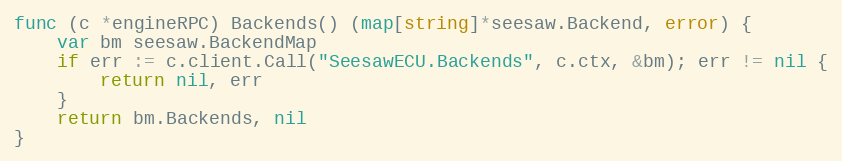
Language: Go
func (c *engineRPC) Backends() (map[string]*seesaw.Backend, error) {
	var bm seesaw.BackendMap
	if err := c.client.Call("SeesawECU.Backends", c.ctx, &bm); err != nil {
		return nil, err
	}
	return bm.Backends, nil
}